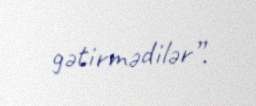
gətirmədilər”.